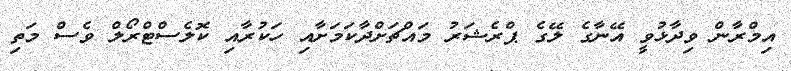
އިމްރާން ވިދާޅުވީ އޭނާގެ ލޭގެ ޕްރެޝަރު މައްޗަށްދާކަމަށާއި ހަކުރާއި ކޮލެސްޓްރޯލް ވެސް މަތި